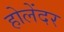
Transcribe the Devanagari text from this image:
होलेंदर